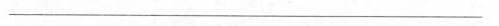
___